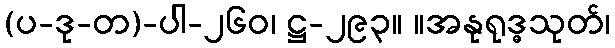
(ပ-ဒု-တ)-ပါ-၂၆၀၊ ဋ္ဌ-၂၉၃။ ။အနုရုဒ္ဓသုတ်၊